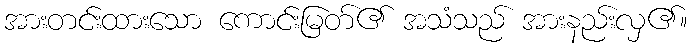
အားတင်းထားသော ကောင်းမြတ်၏ အသံသည် အားနည်းလှ၏။